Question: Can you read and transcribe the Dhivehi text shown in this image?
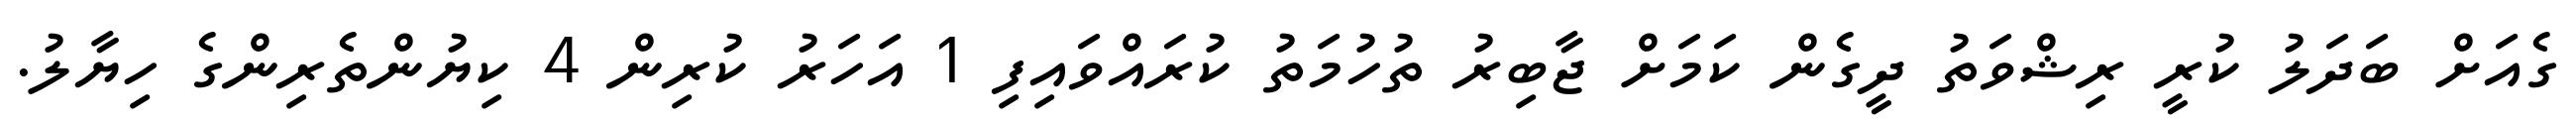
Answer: ގެއަށް ބަދަލު ކުރީ ރިޝްވަތު ދީގެން ކަމަށް ޖާބިރު ތުހުމަތު ކުރައްވައިފި 1 އަހަރު ކުރިން 4 ކިޔުންތެރިންގެ ހިޔާލު.